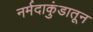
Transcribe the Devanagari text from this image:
नर्मदाकुंडातून